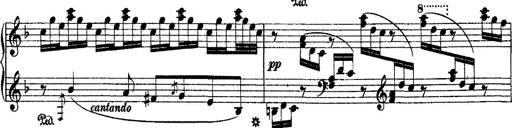
Title: 2 KonzertetÃ¼den
Composer: Franz Liszt